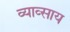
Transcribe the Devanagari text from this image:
व्याव्साय